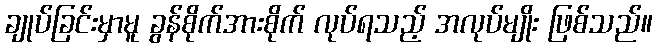
ချုပ်ခြင်းမှာမူ ခွန်စိုက်အားစိုက် လုပ်ရသည့် အလုပ်မျိုး ဖြစ်သည်။